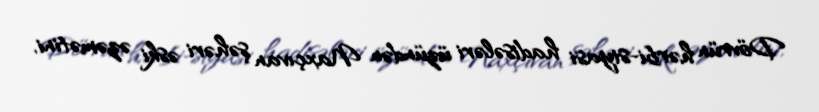
Dövrün hərbi-siyasi hadisələri üzündən Naxçıvan şəhəri əski əzəmətini,